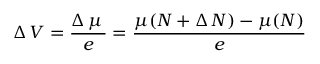
\Delta \, V = { \frac { \Delta \, \mu \, } { e } } = { \frac { \mu ( N + \Delta \, N ) - \mu ( N ) } { e } }